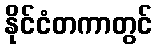
နိုင်ငံတကာတွင်